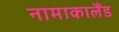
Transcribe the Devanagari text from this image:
नामाकालैंड